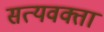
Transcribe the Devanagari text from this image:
सत्यवक्ता